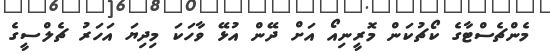
މެންޗެސްޓާގެ ކޯޗުކަން މޮރީނިއޯ އަށް ދޭން އުޅޭ ވާހަކަ މިދިޔަ އަހަރު ޗެލްސީގެ